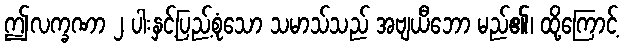
ဤလက္ခဏာ ၂ ပါးနှင့်ပြည့်စုံသော သမာသ်သည် အဗျယီဘော မည်၏၊ ထို့ကြောင့်